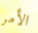
الأمر